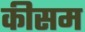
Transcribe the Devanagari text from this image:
कीसम